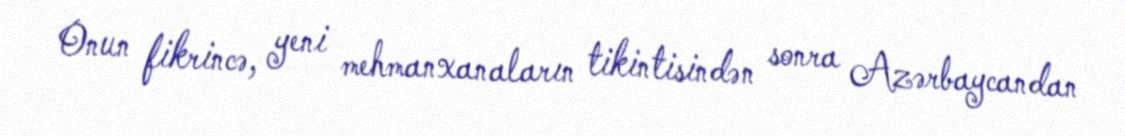
Onun fikrincə, yeni mehmanxanaların tikintisindən sonra Azərbaycandan